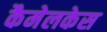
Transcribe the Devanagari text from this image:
कैमेलकेस